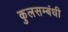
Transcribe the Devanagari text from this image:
कुलसम्बंधी